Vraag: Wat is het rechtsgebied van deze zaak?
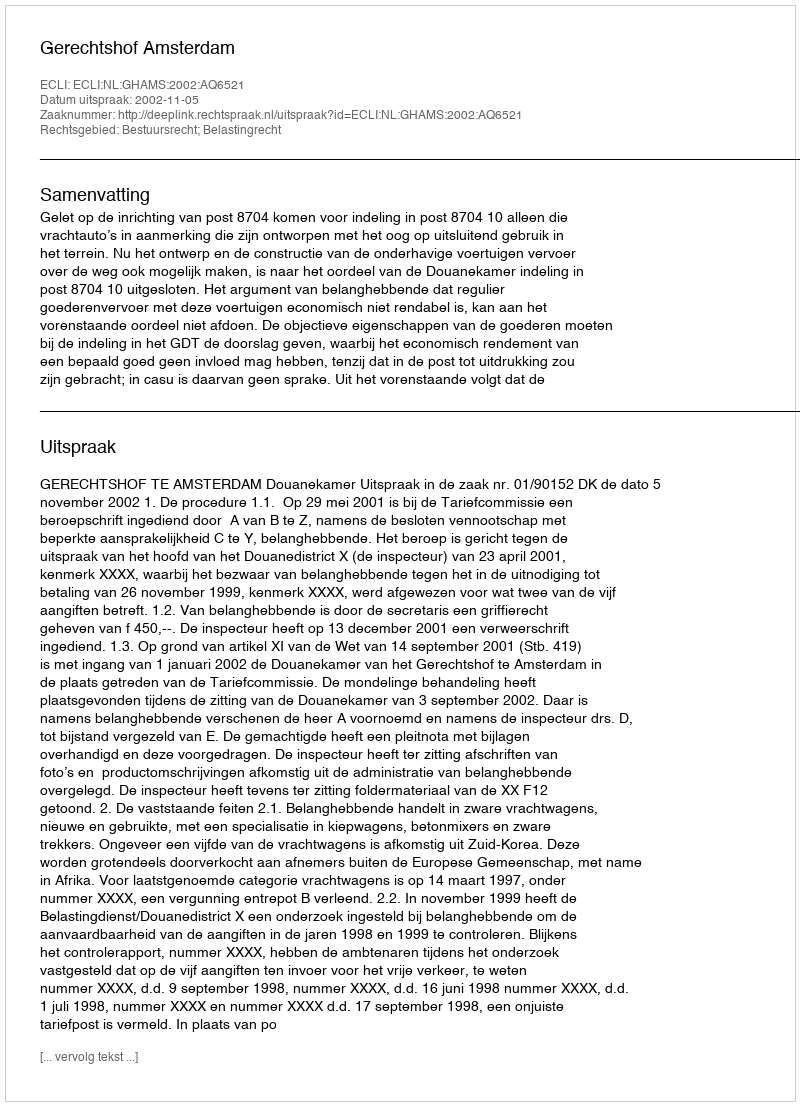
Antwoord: Bestuursrecht; Belastingrecht